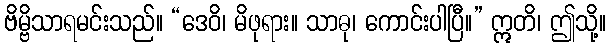
ဗိမ္ဗိသာရမင်းသည်။ “ဒေဝိ၊ မိဖုရား။ သာဓု၊ ကောင်းပါပြီ။” ဣတိ၊ ဤသို့။